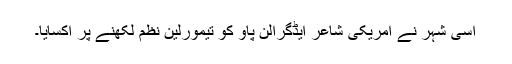
اسی شہر نے امریکی شاعر ایڈگرالن پاو کو تیمورلین نظم لکھنے پر اکسایا۔